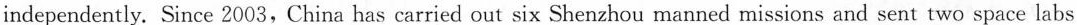
independently. Since 2003, China has carried out six Shenzhou manned missions and sent two space labs